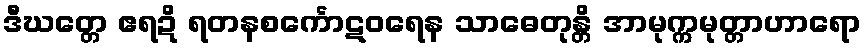
ဒီဃတ္တေ ဧရဍိ ရတနစင်္ကောဋဝရေန သာဓေတုန္တိ အာမုက္ကမုတ္တာဟာရော